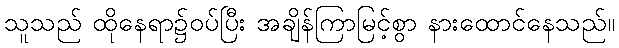
သူသည် ထိုနေရာ၌ဝပ်ပြီး အချိန်ကြာမြင့်စွာ နားထောင်နေသည်။